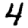
Digit: 4